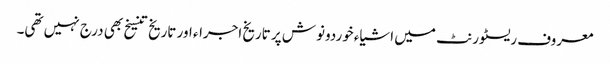
معروف ریسٹورنٹ میں اشیاء خوردونوش پر تاریخ اجراء اور تاریخ تنسیخ بھی درج نہیں تھی۔